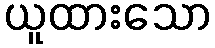
ယူထားသော